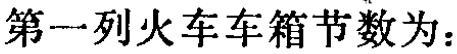
第一列火车车箱节数为：